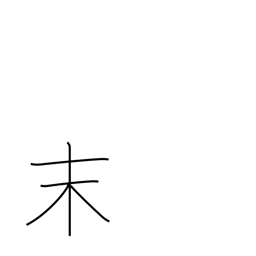
Meaning: powder